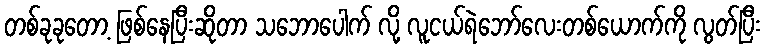
တစ်ခုခုတော့ ဖြစ်နေပြီးဆိုတာ သဘောပေါက် လို့ လူငယ်ရဲဘော်လေးတစ်ယောက်ကို လွတ်ပြီး